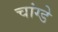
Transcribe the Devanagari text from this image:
चांग्डे